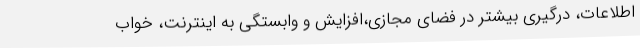
اطلاعات، درگیری بیشتر در فضای مجازی،افزایش و وابستگی به اینترنت، خواب